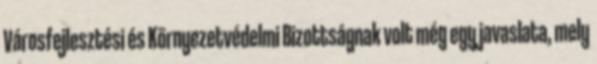
Városfejlesztési és Környezetvédelmi Bizottságnak volt még egy javaslata, mely